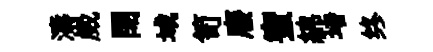
濤崴閉域笥廢蜜綿堵终